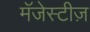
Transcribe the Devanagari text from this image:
मॅजेस्टीज़